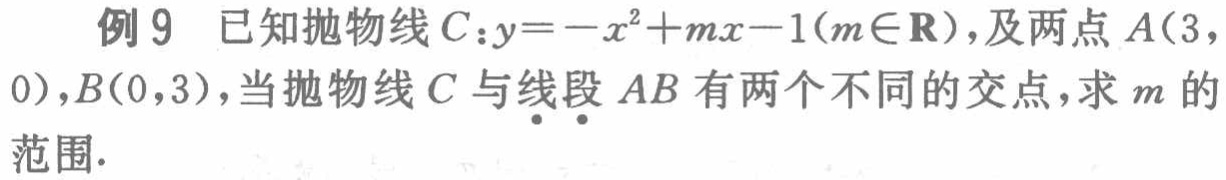
例 9 已知抛物线\(C:y = -x^{2}+mx - 1(m\in\mathbf{R})\)，及两点\(A(3,0)\)，\(B(0,3)\)，当抛物线\(C\)与线段\(AB\)有两个不同的交点，求\(m\)的范围.